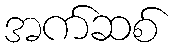
အက်ဆစ်